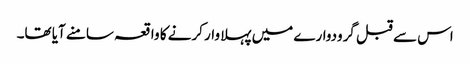
اس سے قبل گرودوارے میں پہلا وار کرنے کا واقعہ سامنے آیا تھا۔